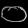
Digit: ၀